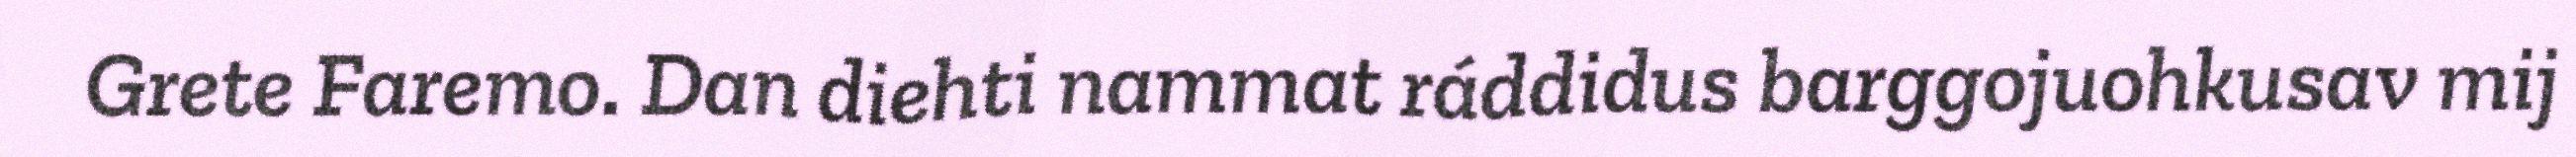
Grete Faremo. Dan diehti nammat ráddidus barggojuohkusav mij